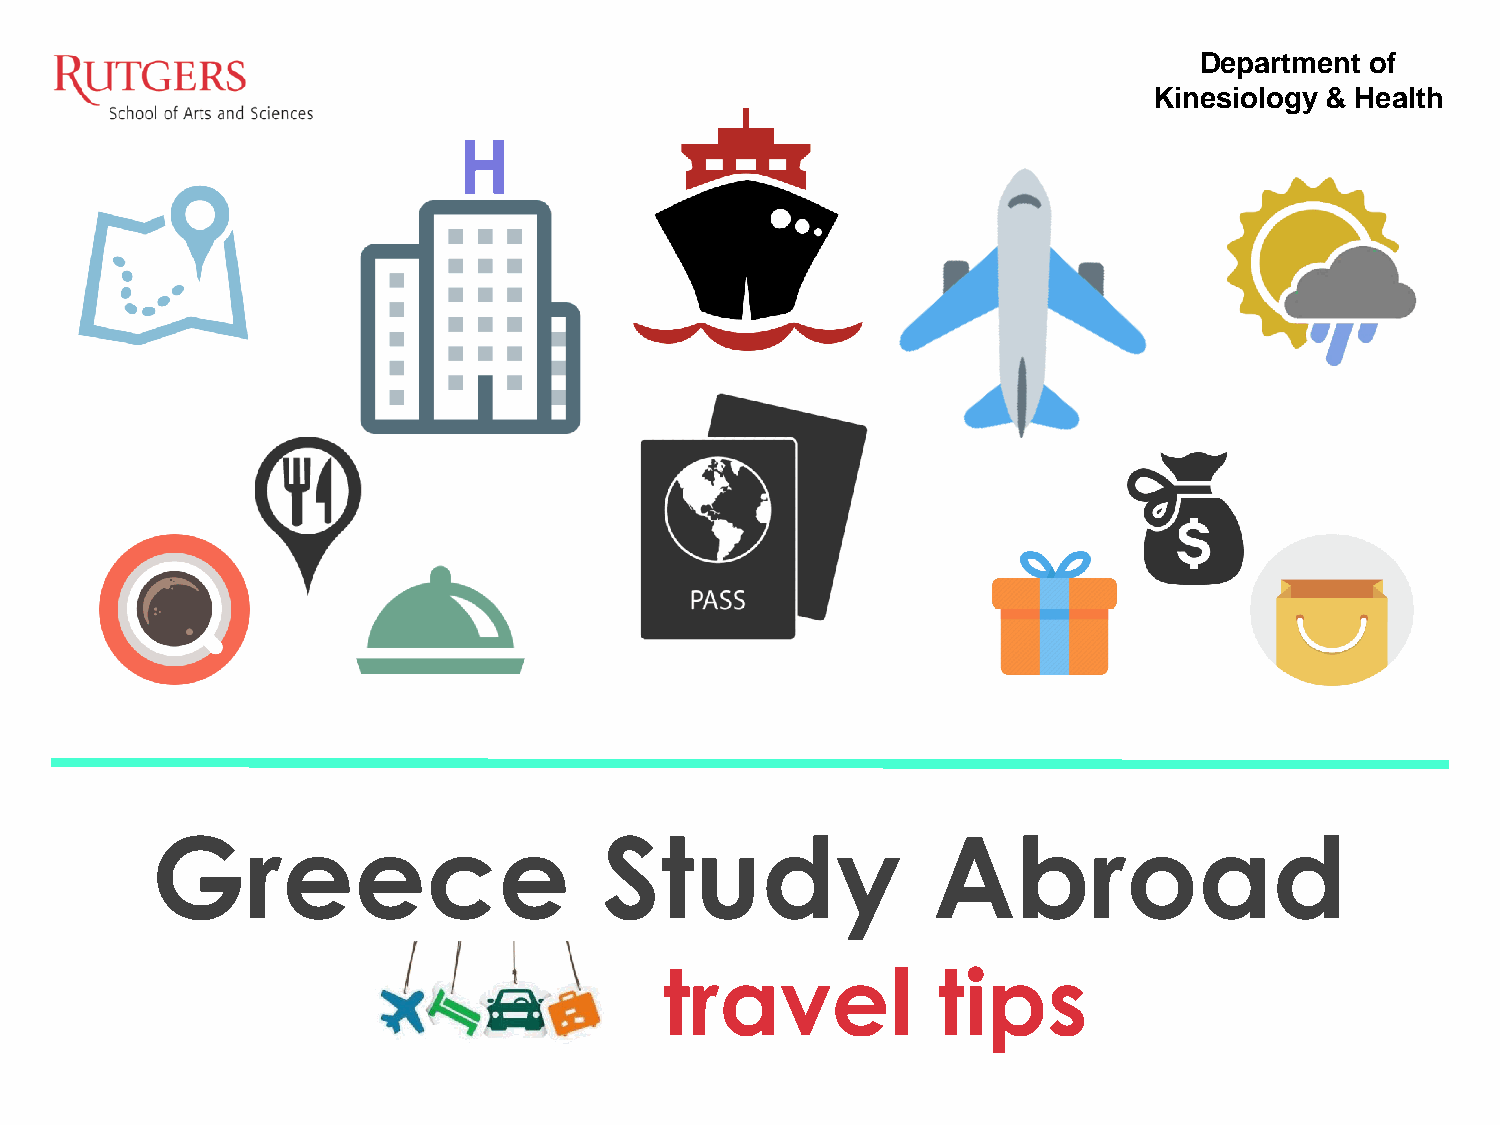
Department  of
 Kinesiology & Health
 H
 Greece                        Study                 Abroad
 travel            tips